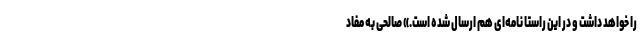
را خواهد داشت و در این راستا نامه‌ای هم ارسال شده است.» صالحی به مفاد